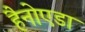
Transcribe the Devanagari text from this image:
हैनोएडा